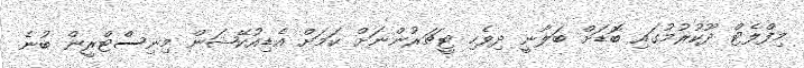
މިފްލެޓް ދޫކުރުމުގައި ބޮޑަށް ބަލާނީ ދިވެހި ޓީޗަރުންނަށް ކަމަށް އެޑިއުކޭޝަން މިނިސްޓްރީން ބުނެ